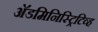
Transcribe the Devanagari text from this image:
अॅडमिनिस्ट्रिटिव्ह